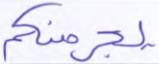
يجرمنكم